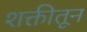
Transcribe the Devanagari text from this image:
शक्तीतून